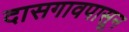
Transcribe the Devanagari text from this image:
दासगावपासून